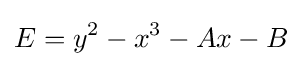
E=y^{2}-x^{3}-Ax-B